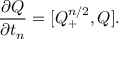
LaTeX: \frac { \partial Q } { \partial t _ { n } } = [ Q _ { + } ^ { n / 2 } , Q ] .